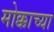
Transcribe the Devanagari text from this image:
मोक्काच्या